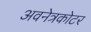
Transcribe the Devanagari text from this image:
अवनेत्रकोटर